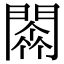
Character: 𨵼